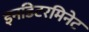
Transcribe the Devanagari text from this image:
इनडिटरमिनेट